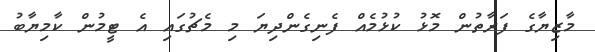
މާޒިޔާގެ ފަރާތުން މޮޅު ކުޅުމެއް ފެނިގެންދިޔަ މި މެޗުގައި އެ ޓީމުން ކާމިޔާބު